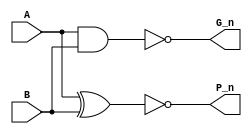
/* 
    File: input_PG_n.v
    Author: Christian Gobrecht

    Description: 
        Structural model of input Propagate/Generate CLA cell.
        Uses CMOS optimizations (NAND, NOR, XOR, XNOR, AOI, OAI only).
        Takes noninverted A,B adder bit inputs,
        Outputs inverted P,G signals of that bit.
        Intended for educational purposes.

    Input: NON-INVERTED signals for:
        Bit of first addend (A),
        Bit of second addend (B)

    Output: INVERTED signals for:
        Bitwise Propagate (P_n),
        Bitwise Generate (G_n)
*/

`ifndef MODULE_input_PG_n
`define MODULE_input_PG_n

module input_PG_n (
    output P_n, G_n,
    input A, B
    );

    nand inverted_generate (G_n, A, B);

    // "xnor" is used here rather than "or" so that 
    // the final sum may be computed with this output once the carry is known:
    // Sum = (A ~^ B) ~^ Cin
    xnor inverted_propagate (P_n, A, B);     

endmodule // input_PG_n

`endif